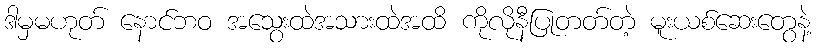
ဒါမှမဟုတ် နောင်ဘဝ အသွေးထဲအသားထဲအထိ ကိုလိုနီပြုတတ်တဲ့ မူးယစ်ဆေးတွေနဲ့